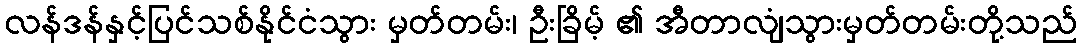
လန်ဒန်နှင့်ပြင်သစ်နိုင်ငံသွား မှတ်တမ်း၊ ဦးခြိမ့် ၏ အီတာလျံသွားမှတ်တမ်းတို့သည်